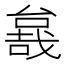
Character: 𱔖